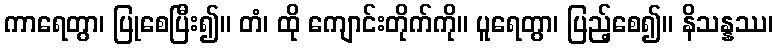
ကာရေတွာ၊ ပြုစေပြီး၍။ တံ၊ ထို ကျောင်းတိုက်ကို။ ပူရေတွာ၊ ပြည့်စေ၍။ နိသန္နဿ၊